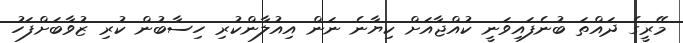
މޭރީގެ ދައްތަ ބުނެފައިވަނީ ކުއްޖާއަށް ކިޔާނެ ނަން އިއުލާންކުރި ހިސާބުން ކުރި ޒުވާބަށްފަހު